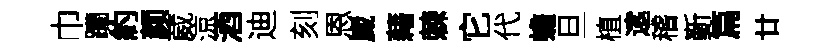
巾躪約颜葳涼酒迪刻恩崴藉棘它代蟾旦植逺稽斳篇廿